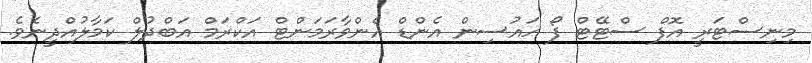
މިނިސްޓަރީ އޮފް ސްޓޭޓް ފޯ ހައުސިން އެންޑް އެންވާރަމަންޓް އަކްރަމް އަބްދުލް ކަމާލުއްދީނެވެ.